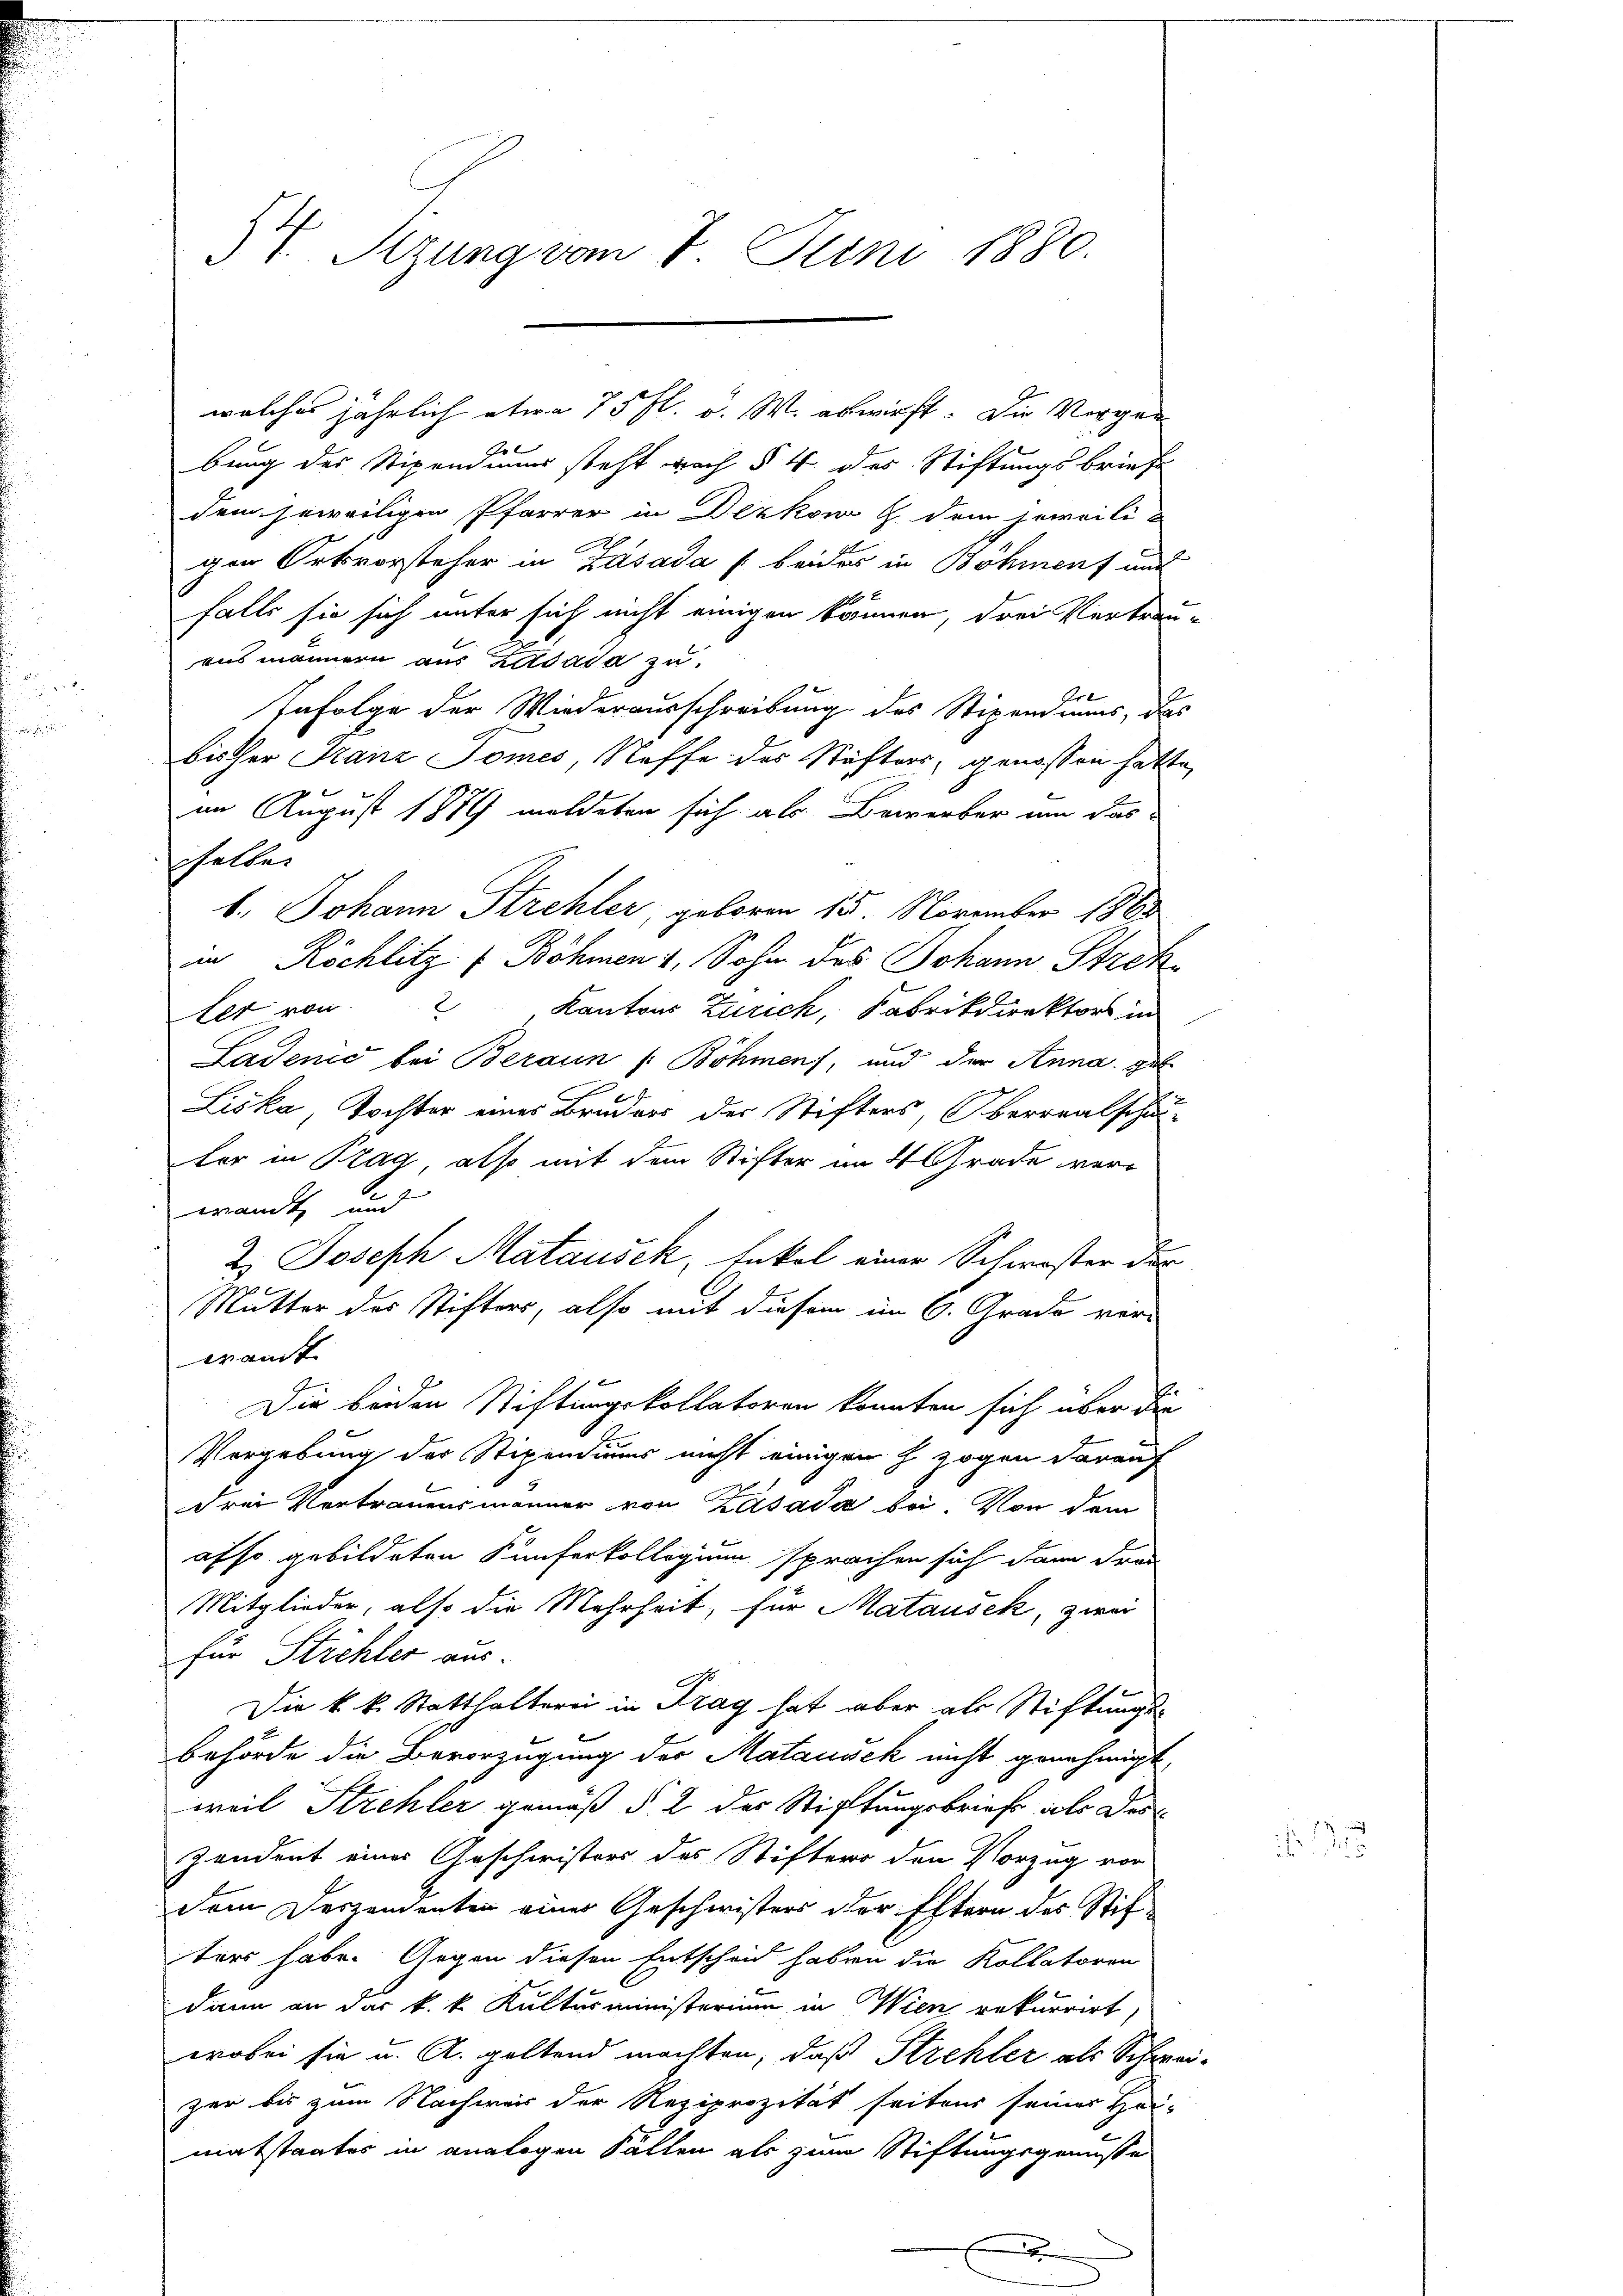
54. Sizung vom 8. Juni 1880.

welches jährlich etwa 75 fl. v. W. abwirft. Die Vorgen¬

bung der Stipendiums steht nach § 4 des Stiftungsbriefe
dem jeweiligen Pfarrer in Dezkow   dem jeweiligen Ortsvorsteher in Zasada beides in Böhmen und
falls sie sich unter sich nicht einigen Brunnen, drei Vertrau-
aus männern aus Zdata zu
Infolge der Wiederausschreibung des Stipendiums, das
bisher Franz Pomes, Neffe des Stöfters, genossen hatte,
im August 1879 meldeten sich als Bewerber um das-
schalten
b. Johann Strehler, geboren 15. November 1863
in Röchlitz (Böhmen 1, Sohn des Johann Strekter von 2 Kantons Zürich, Fabrikdirektor in
Ladenić bei Beraun (: Böhmen, und der Anna gel
Liska, Tochter eines Bruders der Stifters, Oberrealschulter in Prag, also mit dem Stifter im 4 Grade verwandt und
2. Joseph Mataušek, Enkel einer Schwister der
S
Mutter des Stifters, also mit diesem im C. Grade ver-
wandt
Die beiden Stiftungskollatoren konnten sich über die
Vergebung der Stipendiums nicht einigen h zogen darauf
Frei Vertrauensmänner von Zasada bei. Von dem
af so gebildeten Künferkollegium sprachen sich dann dran
Mitglieder, also die Mehrheit, für Matausek, zwar
für Strehler aus.
Die k. k. Statthalterei in Frag hat aber als Stiftungs-
behörde die Bevorzugung der Matausek nicht genehmigt
weil Strehler gemäß § 2 des Stiftungsbrief als des
Zendent einer Anscheristers des Stifters den Vorzug vor
Dem Deszendenten einer Geschwisters der Eltern des Stifters habe. Gegen diesen Entscheid haben die Kollatoren
dann an das k. k. Kultusministerium in Wien rekurrirt,
wobei sie u. A. geltend machten, daß Strehler als Schweizer bis zum Nachwer der Reziprozität seitens seiner Hei-
matstantes in analogen Fällen als zum Stiftungsgenusse
x